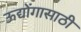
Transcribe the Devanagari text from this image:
ऊद्योंगासाठी